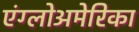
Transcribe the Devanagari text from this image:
एंग्लोअमेरिका